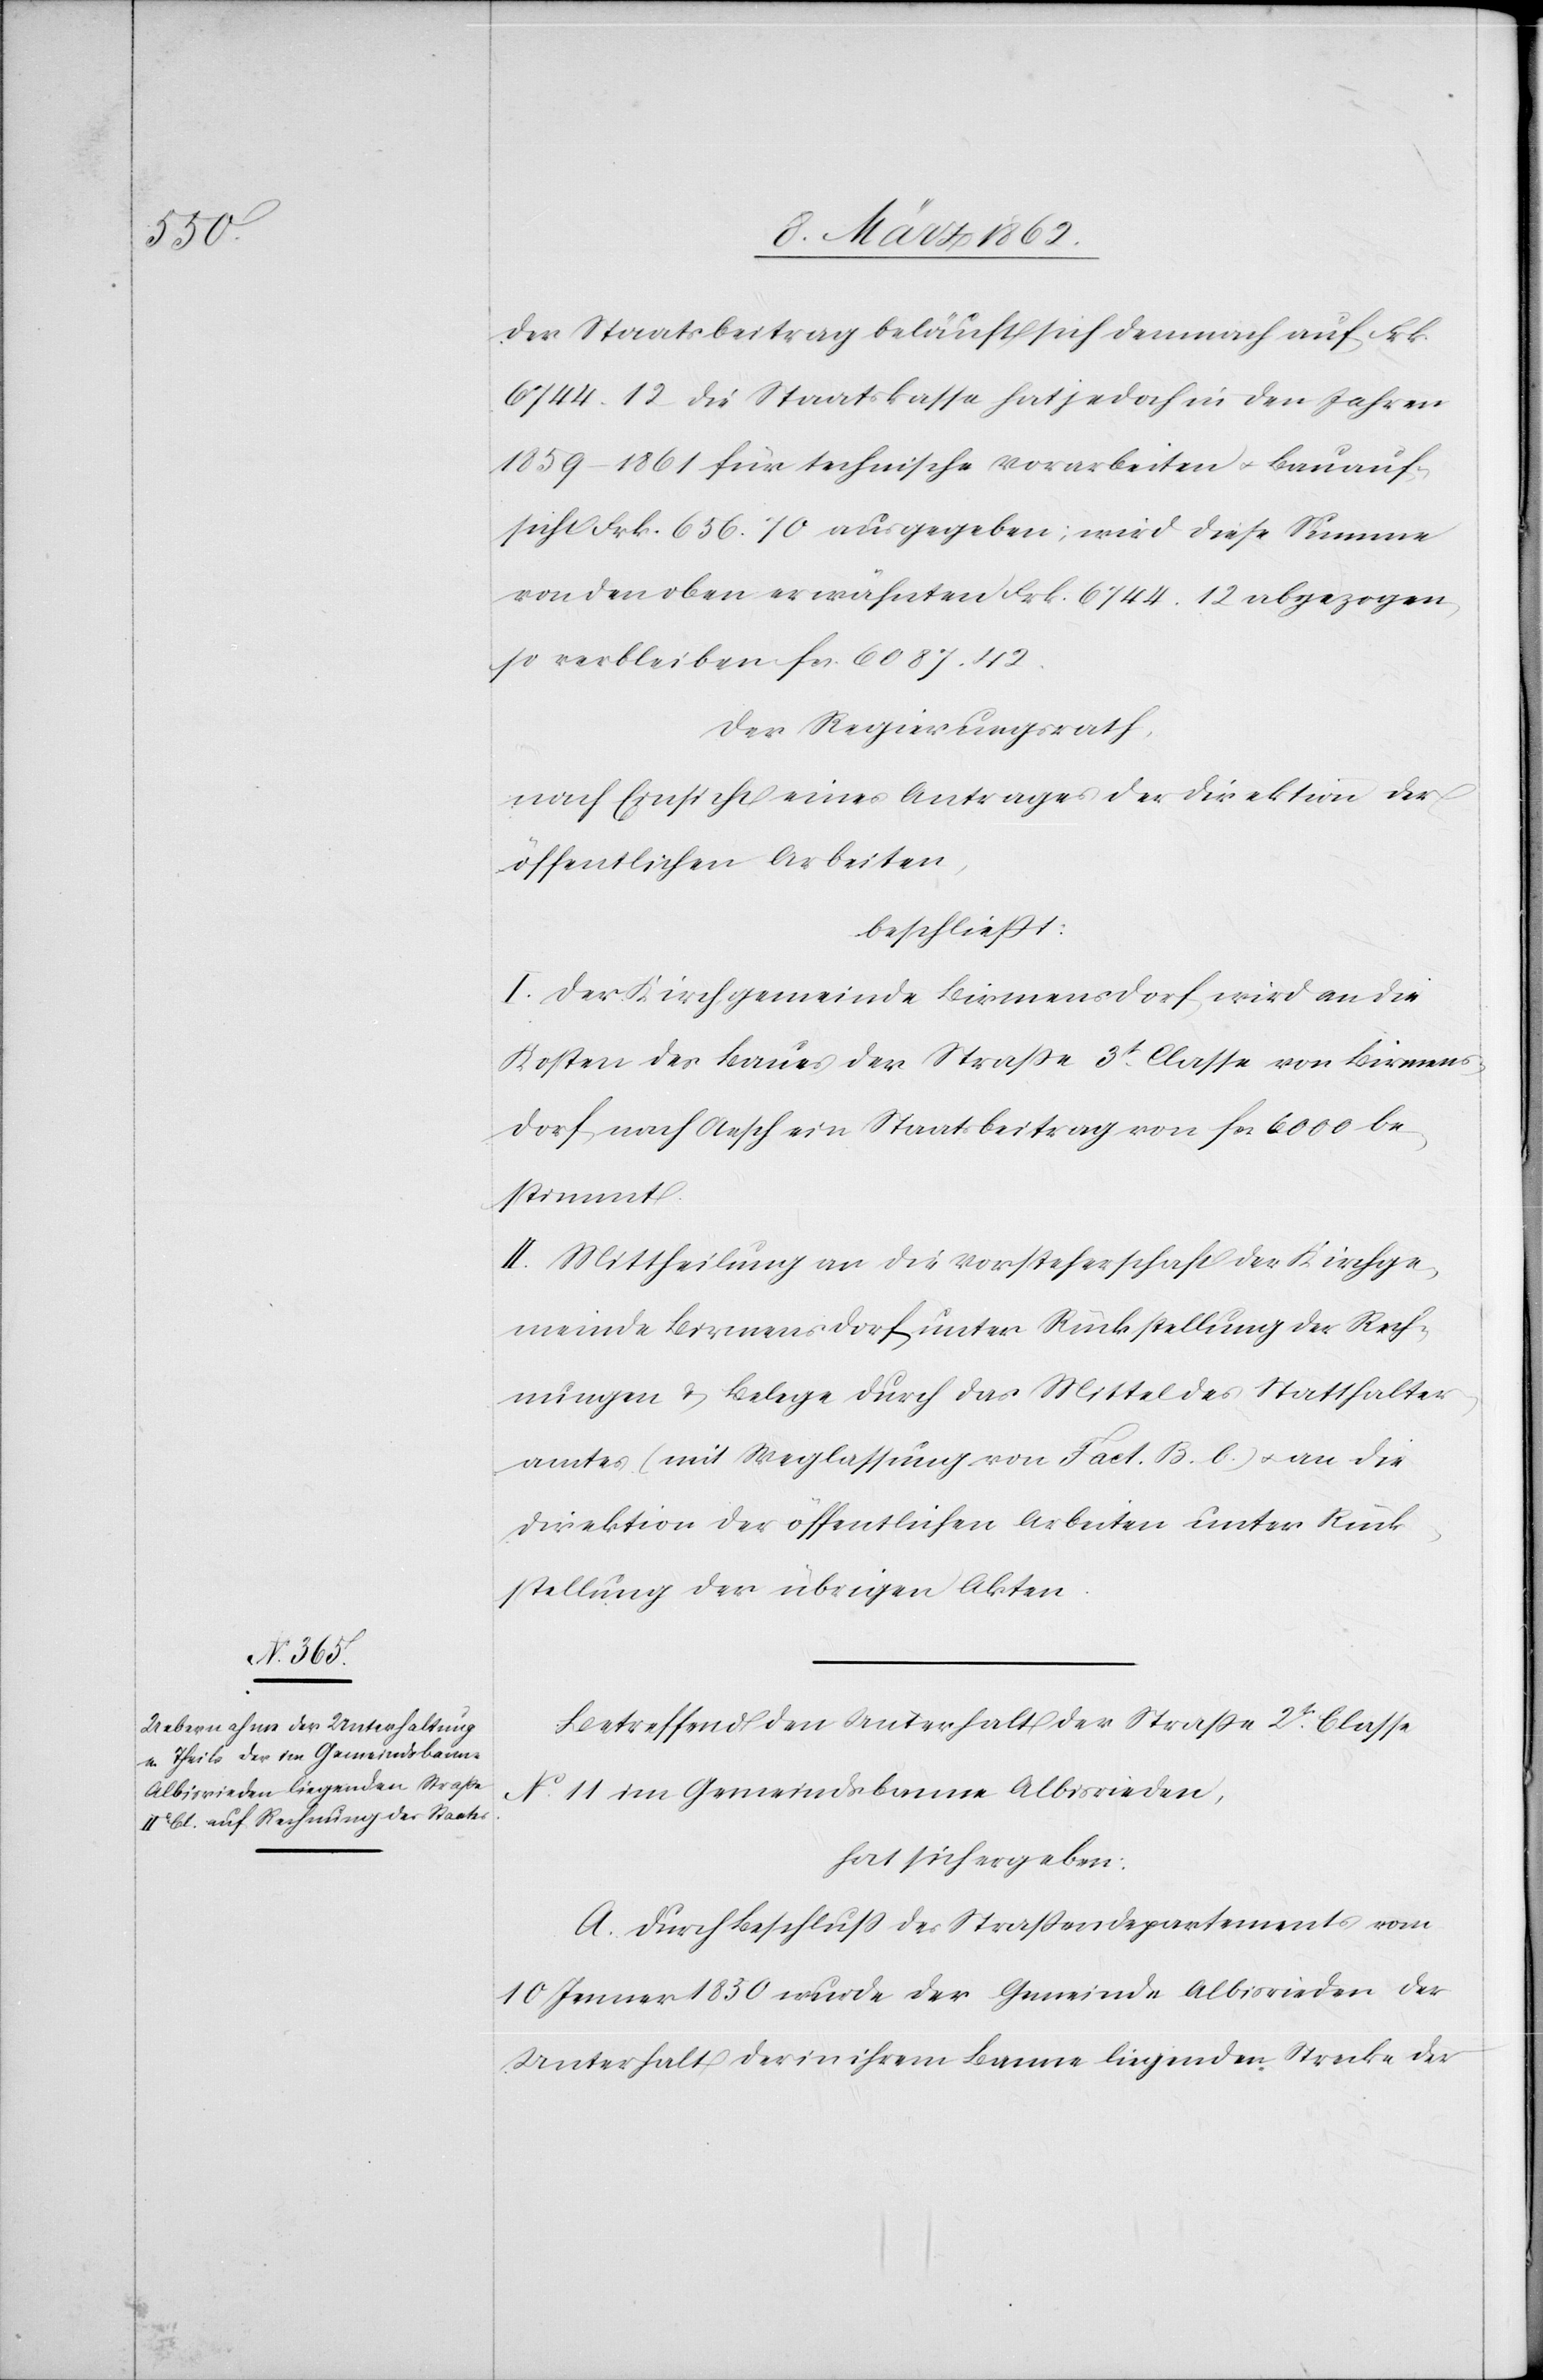
Der Staatsbeitrag beläuft sich demnach auf Frk.
6744.12 die Staatskassa hat jedoch in den Jahren
1859–1861 für technische Vorarbeiten u. Beauf¬
sichtigung Frk. 656.70 ausgegeben; wird diese Summe
von den oben erwähnten Frk. 6744.12 abgezogen,
so verbleiben fcs. 6087.42.
Der Regierungsrath,
nach Einsicht eines Antrages der Direktion der
öffentlichen Arbeiten,
beschließt:
I. Der Kirchgemeinde Birmensdorf wird an die
Kosten des Baues der Straße 3t. Classe von Birmens¬
dorf nach Aesch ein Staatsbeitrag von fcs 6000 be¬
stimmt.
II. Mittheilung an die Vorsteherschaft der Kirchge¬
meinde Birmensdorf unter Rückstellung der Rech¬
nungen & Belege durch das Mittel des Statthalter¬
amtes (mit Weglassung von Fact. B. b) u. an die
Direktion der öffentlichen Arbeiten unter Rück¬
stellung der übrigen Akten.
Betreffend den Unterhalt der Straße 2t. Classe
No. 11 im Gemeindsbanne Albisrieden,
hat sich ergeben:
A. Durch Beschluß des Straßendepartements vom
10 Jenner 1850 wurde der Gemeinde Albisrieden der
Unterhalt der in ihrem Banne liegenden Strecke der